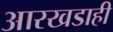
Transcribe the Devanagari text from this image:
आरखडाही